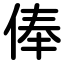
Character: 俸